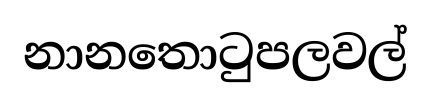
නානතොටුපලවල්